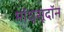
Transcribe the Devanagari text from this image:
मॉधुसूदॉन